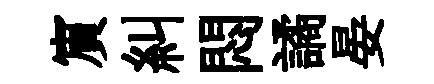
賔糾悶譎晏